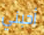
أحبني